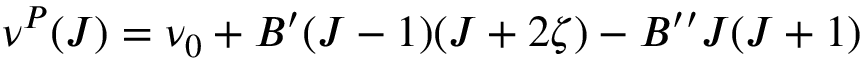
\begin{array} { r } { \nu ^ { P } ( J ) = \nu _ { 0 } + B ^ { \prime } ( J - 1 ) ( J + 2 \zeta ) - B ^ { \prime \prime } J ( J + 1 ) } \end{array}